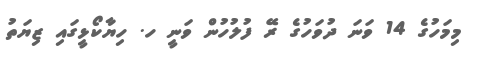
މިމަހުގެ 14 ވަނަ ދުވަހުގެ ރޭ ފުލުހުން ވަނީ ހ. ހިޔާކޯޅީގައި ޒިޔަތު